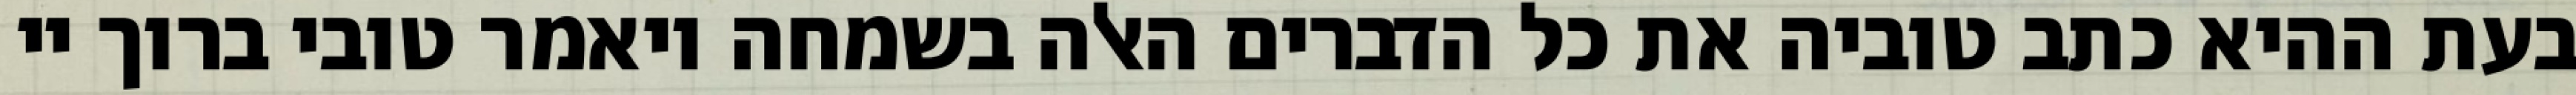
בעת ההיא כתב טוביה את כל הדברים האלה בשמחה ויאמר טובי ברוך יי